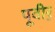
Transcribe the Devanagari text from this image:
पूवीर्